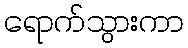
ရောက်သွားကာ